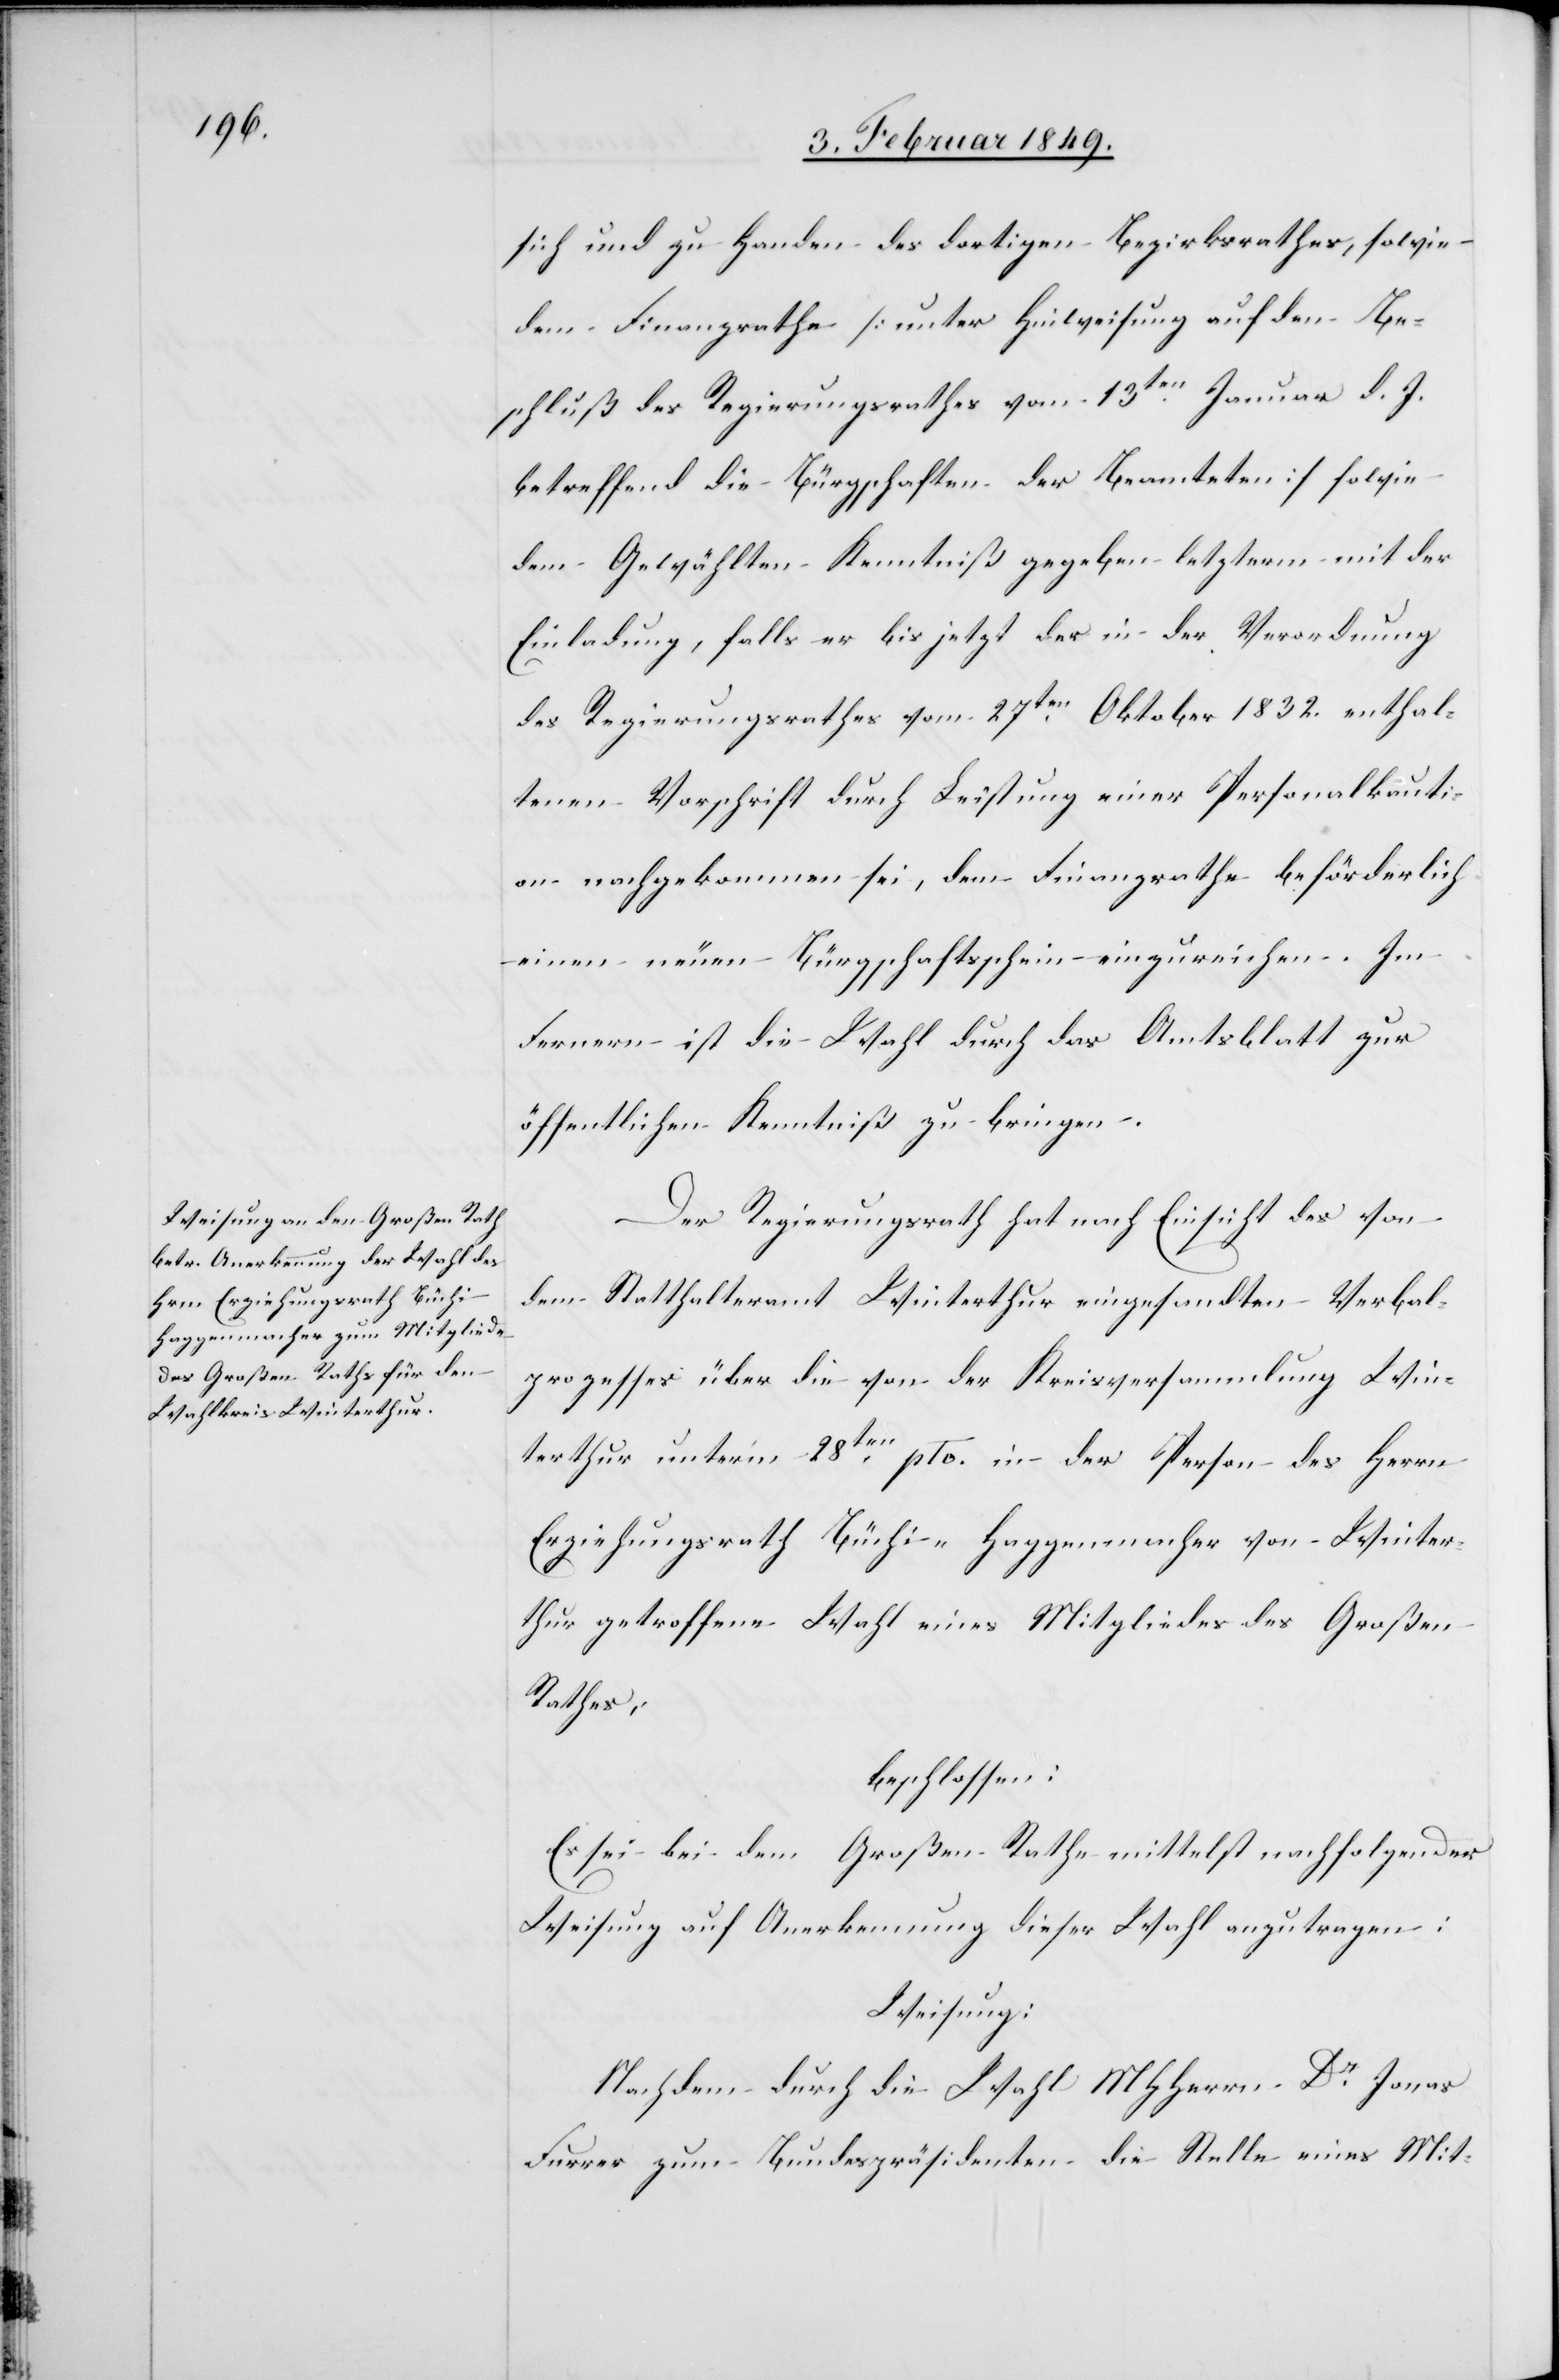
sich und zu Handen des dortigen Bezirksrathes, sowie
dem Finanzrathe [unter Hinweisung auf den Be¬
schluß des Regierungsrathes vom 13ten. Januar d. J.
betreffend die Bürgschaften der Beamteten] sowie
dem Gewählten Kenntniß gegeben letzterm mit der
Einladung, falls er bis jetzt der in der Verordnung
des Regierungsrathes vom 27ten. Oktober 1832. enthal¬
tenen Vorschrift durch Leistung einer Personalkauti¬
on nachgekommen sei, dem Finanzrathe beförderlich
einen neuen Bürgschaftsschein einzureichen. Im
Fernern ist die Wahl durch das Amtsblatt zur
öffentlichen Kenntniß zu bringen.
Der Regierungsrath hat nach Einsicht des von
dem Statthalteramt Winterthur eingesandten Verbal¬
prozesses über die von der Kreisversammlung Win¬
terthur unter’m 28ten. pto. in der Person des Herrn
Erziehungsrath Büchi-Haggenmacher von Winter¬
thur getroffenen Wahl eines Mitgliedes des Großen
Rathes,
beschlossen:
Es sei bei dem Großen Rathe mittelst nachfolgender
Weisung auf Anerkennung dieser Wahl anzutragen:
Weisung:
Nachdem durch die Wahl MHHerrn Dr. Jonas
Furrer zum Bundespräsidenten die Stelle eines Mit-